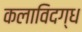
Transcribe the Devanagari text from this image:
कलाविदग्ध